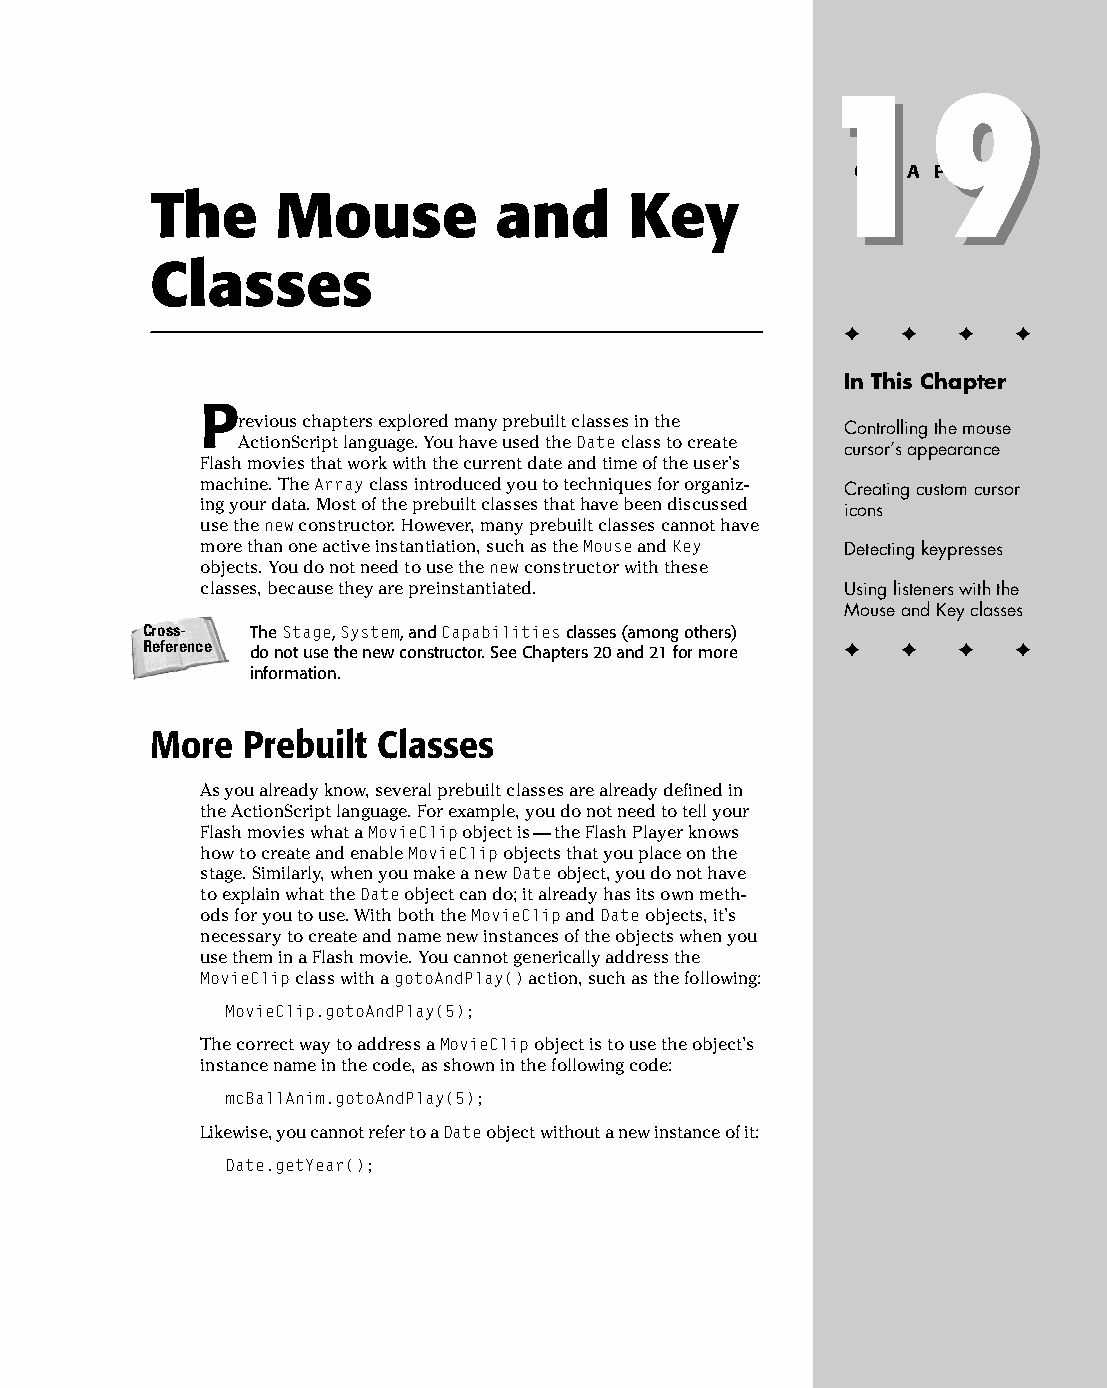
25 543547 ch19.qxd 3/24/04 4:10 PM Page 459
 19
 19
 C H A P T E R
 The     Mouse          and      Key
 Classes
 ✦  ✦ ✦  ✦
 In This Chapter
 P
 revious chapters explored many prebuilt classes in the
 Controlling the mouse
 ActionScript language. You have used the Date class to create
 cursor’s appearance
 Flash movies that work with the current date and time of the user’s
 machine. The Array class introduced you to techniques for organiz­ Creating custom cursor
 ing your data. Most of the prebuilt classes that have been discussed icons
 use the new constructor. However, many prebuilt classes cannot have
 more than one active instantiation, such as the Mouse and Key Detecting keypresses
 objects. You do not need to use the new constructor with these
 classes, because they are preinstantiated. Using listeners with the
 Mouse and Key classes
 Cross-  The Stage, System, and Capabilities classes (among others)
 Reference                                      ✦  ✦ ✦  ✦
 do not use the new constructor. See Chapters 20 and 21 for more
 information.
 More  Prebuilt Classes
 As you already know, several prebuilt classes are already defined in
 the ActionScript language. For example, you do not need to tell your
 Flash movies what a MovieClip object is — the Flash Player knows
 how to create and enable MovieClip objects that you place on the
 stage. Similarly, when you make a new Date object, you do not have
 to explain what the Date object can do; it already has its own meth­
 ods for you to use. With both the MovieClip and Date objects, it’s
 necessary to create and name new instances of the objects when you
 use them in a Flash movie. You cannot generically address the
 MovieClip class with a gotoAndPlay() action, such as the following:
 MovieClip.gotoAndPlay(5);
 The correct way to address a MovieClip object is to use the object’s
 instance name in the code, as shown in the following code:
 mcBallAnim.gotoAndPlay(5);
 Likewise, you cannot refer to a Date object without a new instance of it:
 Date.getYear();